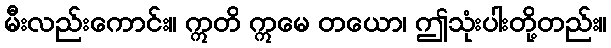
မီးလည်းကောင်း။ ဣတိ ဣမေ တယော၊ ဤသုံးပါးတို့တည်း။